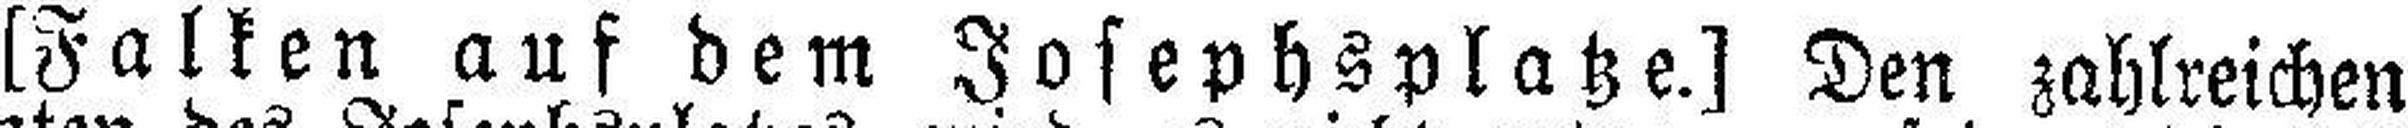
[Falken auf dem Josephsplatze.] Den zahlreichen